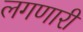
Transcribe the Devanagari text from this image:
लगणारी